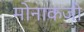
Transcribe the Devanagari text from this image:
मोनाकजी